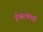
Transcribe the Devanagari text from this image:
ईश्वरकार्य